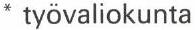
* työvaliokunta